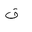
Letter: _qaf